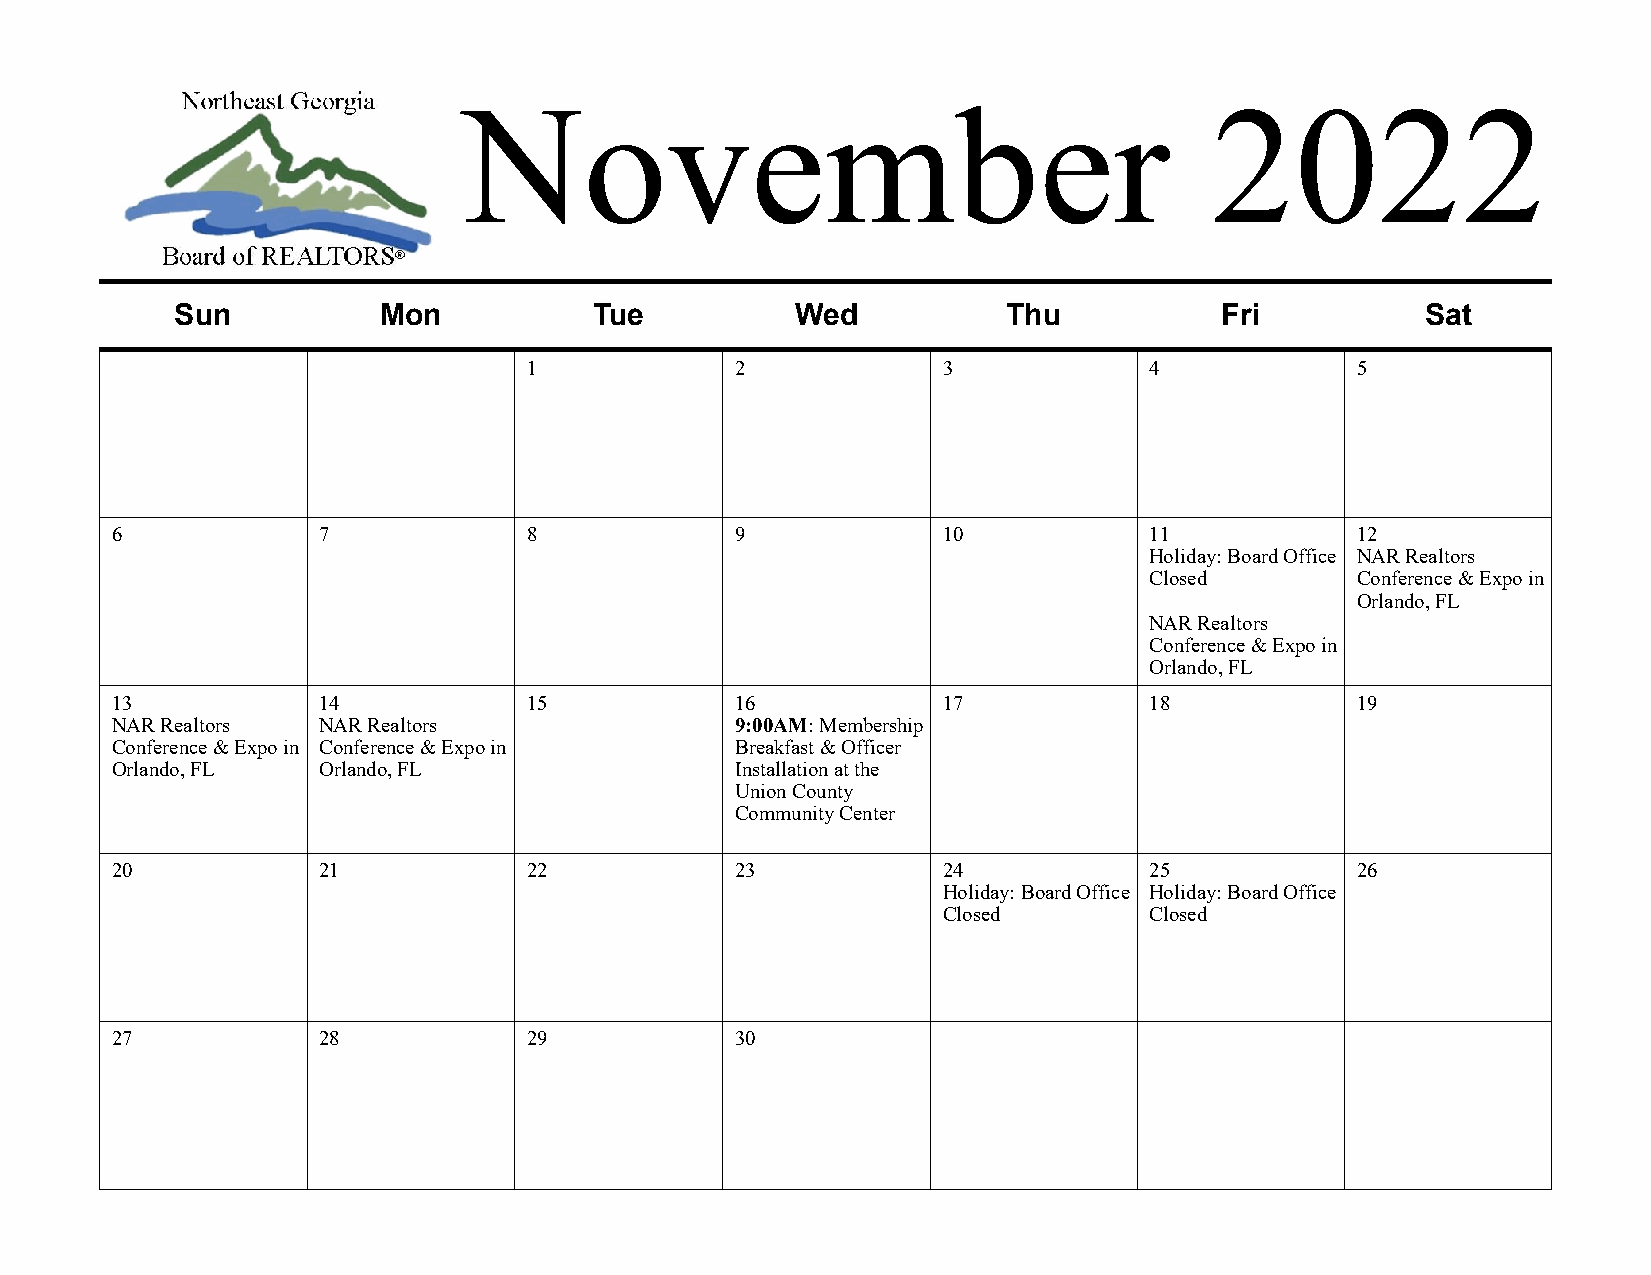
November                                         2022
 Sun          Mon           Tue           Wed           Thu           Fri          Sat
 1             2            3             4             5
 6             7             8             9            10            11            12
 Holiday: Board Office NAR Realtors
 Closed        Conference & Expo in
 Orlando, FL
 NAR Realtors
 Conference & Expo in
 Orlando, FL
 13            14            15            16           17            18            19
 NAR Realtors  NAR Realtors                9:00AM: Membership
 Conference & Expo in Conference & Expo in Breakfast & Officer
 Orlando, FL   Orlando, FL                 Installation at the
 Union County
 Community Center
 20            21            22            23           24            25            26
 Holiday: Board Office Holiday: Board Office
 Closed        Closed
 27            28            29            30